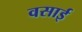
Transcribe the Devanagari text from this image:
वसाई